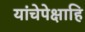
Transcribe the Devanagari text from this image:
यांचेपेक्षाहि